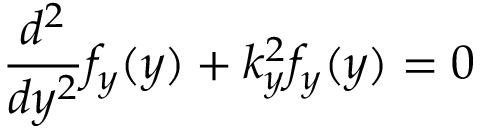
{ \frac { d ^ { 2 } } { d y ^ { 2 } } } f _ { y } ( y ) + k _ { y } ^ { 2 } f _ { y } ( y ) = 0